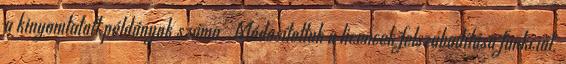
a kinyomtatott példányok száma. Módosítottuk a licencek felszabadítása funkciót.